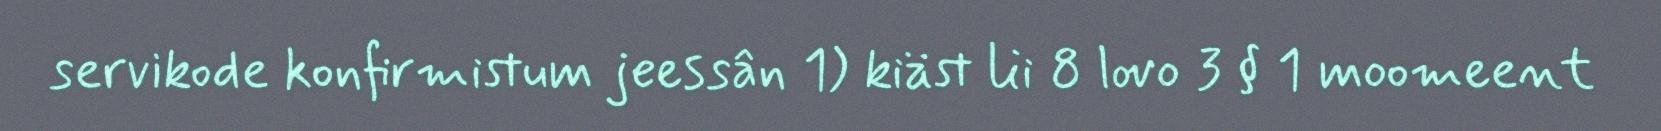
servikode konfirmistum jeessân 1) kiäst lii 8 lovo 3 § 1 moomeent